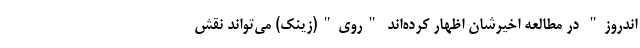
اندروز" در مطالعه اخیرشان اظهار کرده‌اند "روی"(زینک) می‌تواند نقش